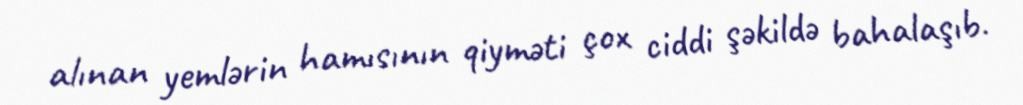
alınan yemlərin hamısının qiyməti çox ciddi şəkildə bahalaşıb.